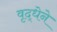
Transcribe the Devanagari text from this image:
वृद्धेने